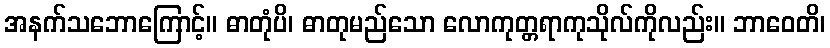
အနက်သဘောကြောင့်။ ဓာတုံပိ၊ ဓာတုမည်သော လောကုတ္တရာကုသိုလ်ကိုလည်း။ ဘာဝေတိ၊